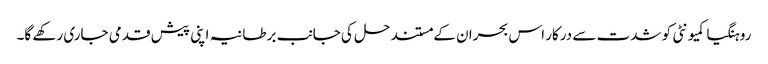
روہنگیا کمیونٹی کو شدت سے درکار اس بحران کے مستند حل کی جانب برطانیہ اپنی پیش قدمی جاری رکھے گا۔